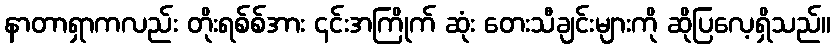
နာတာရှာကလည်း တိုးရစ်စ်အား ၎င်းအကြိုက် ဆုံး တေးသီချင်းများကို ဆိုပြလေ့ရှိသည်။